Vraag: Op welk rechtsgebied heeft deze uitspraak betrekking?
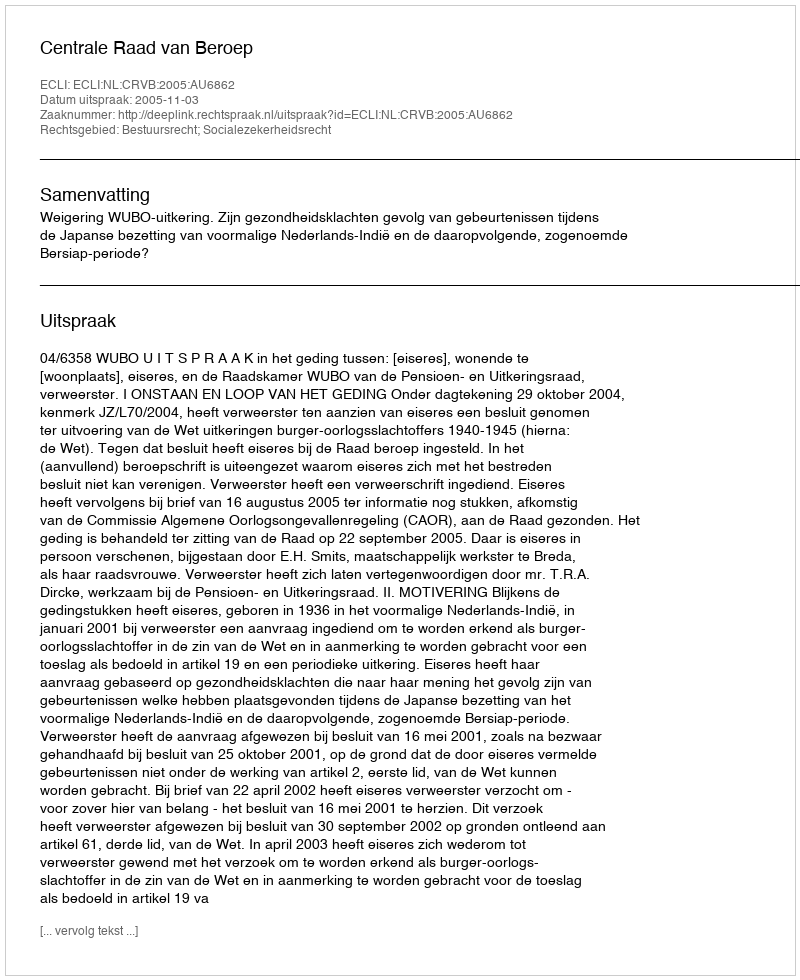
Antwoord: Bestuursrecht; Socialezekerheidsrecht